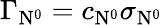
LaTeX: \Gamma_{\mathrm{N}^{0}}=c_{\mathrm{N}^{0}}\sigma_{\mathrm{N}^{0}}